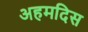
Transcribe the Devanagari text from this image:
अहमदिस